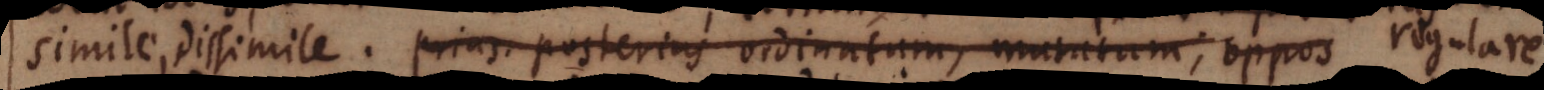
simile, dissimile. prius. posterius ordinatum, mutatum; oppos regulare